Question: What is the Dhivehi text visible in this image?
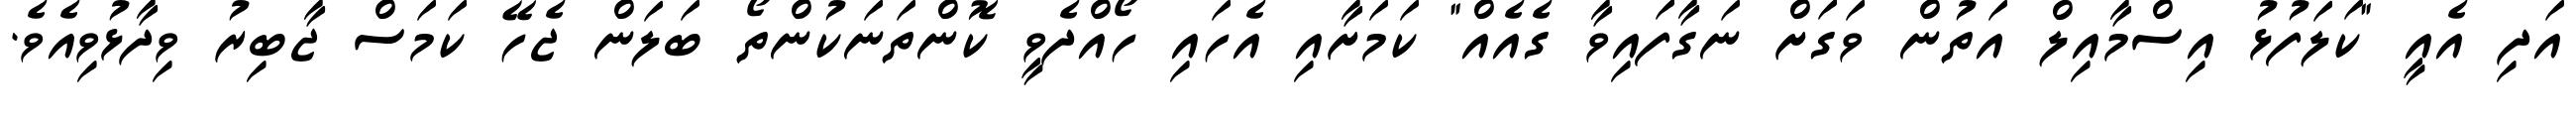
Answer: އަދި އެއީ "ކަލަފުޅު އިސްމާއިލް އަތުން ވަގަށް ނަގާފައިވާ ގެއެއް" ކަމަށާއި އެހައި ހޯއްދެވީ ކޮންތަނަކުންތޯ ބަލަން ޖެހޭ ކަމަސް ޖާބިރު ވިދާޅުވިއެވެ.